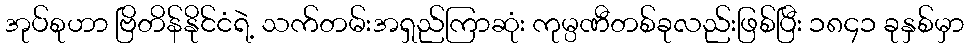
အုပ်စုဟာ ဗြိတိန်နိုင်ငံရဲ့ သက်တမ်းအရှည်ကြာဆုံး ကုမ္ပဏီတစ်ခုလည်းဖြစ်ပြီး ၁၈၄၁ ခုနှစ်မှာ